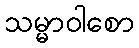
သမ္မာဝါစော